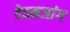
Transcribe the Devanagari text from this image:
देहमजांग